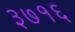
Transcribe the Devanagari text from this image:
३७१६